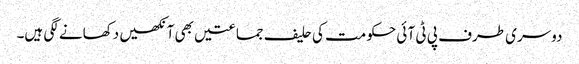
دوسری طرف پی ٹی آ ئی حکومت کی حلیف جماعتیں بھی آنکھیں دکھانے لگی ہیں۔